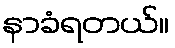
နာခံရတယ်။